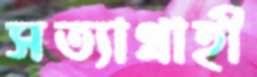
সত্যাগ্রাহী